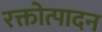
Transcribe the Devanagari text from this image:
रक्तोत्पादन